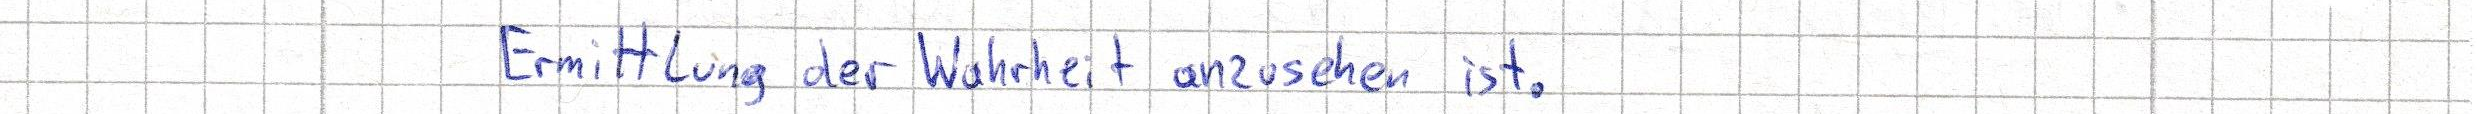
Ermittlung der Wahrheit anzusehen ist.